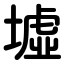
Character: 墟